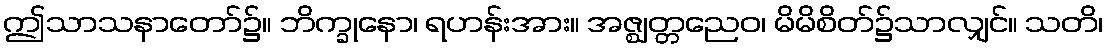
ဤသာသနာတော်၌။ ဘိက္ခုနော၊ ရဟန်းအား။ အဇ္ဈတ္တညေဝ၊ မိမိစိတ်၌သာလျှင်။ သတိ၊